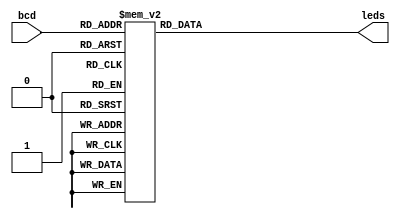
//Blake 11/20/12 5bit to 4bit BCD
//pg354 //pg360


module seg7 (bcd, leds);
	input wire [3:0] bcd;
	output reg [1:7] leds;
	
	//   - a
	//f | |	b
	//   - g
	//e | |	c
	//   - d


	always @(bcd)
	begin
		case(bcd)      //abcdefg
			0: leds =~7'b1111110;
			1: leds =~7'b0110000;
			2: leds =~7'b1101101;
			3: leds =~7'b1111001;
			4: leds =~7'b0110011;
			5: leds =~7'b1011011;
			6: leds =~7'b1011111;
			7: leds =~7'b1110000;
			8: leds =~7'b1111111;
			9: leds =~7'b1111011;
			10: leds=~7'b0000000; //off
			11: leds=~7'b0110110; //11
			12: leds=~7'b0000001; //minus sign
			default: leds=7'b0;
		endcase
	end
endmodule